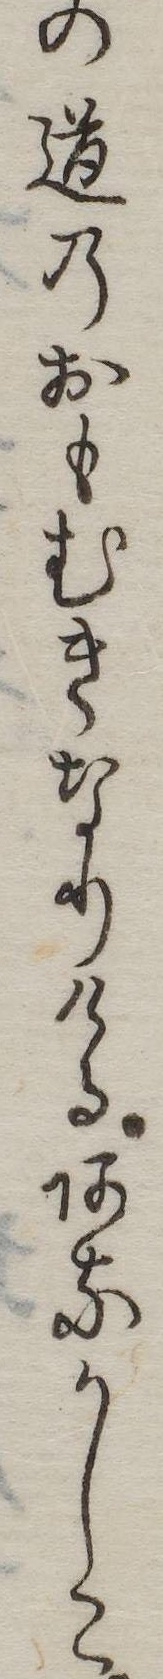
の道のおもむきなりけるあなかしこ